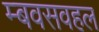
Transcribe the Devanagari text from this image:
म्बवसवहल